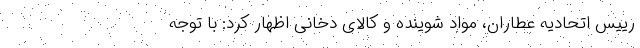
رییس اتحادیه عطاران، مواد شوینده و کالای دخانی اظهار کرد: با توجه